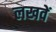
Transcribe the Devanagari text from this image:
लखवें